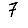
Digit: 7